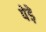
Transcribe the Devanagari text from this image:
पेड़े